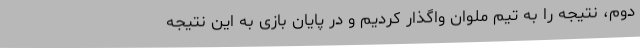
دوم، نتیجه را به تیم ملوان واگذار کردیم و در پایان بازی به این نتیجه